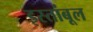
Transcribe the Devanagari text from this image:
इस्तांबूल